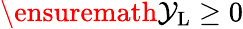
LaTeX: \ensuremath{\mathcal{Y}_{\mathrm{{L}}}}\geq 0